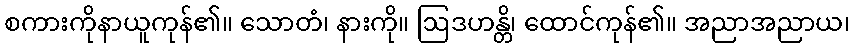
စကားကိုနာယူကုန်၏။ သောတံ၊ နားကို။ ဩဒဟန္တိ၊ ထောင်ကုန်၏။ အညာအညာယ၊